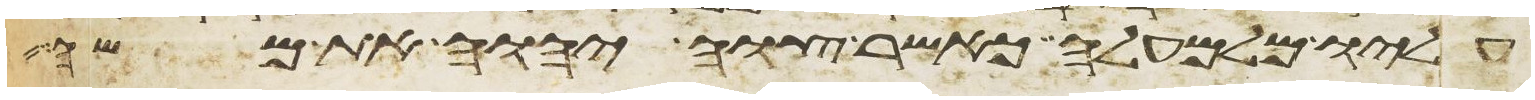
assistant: עליו מלמעלה כאשר צוה יהוה את משה